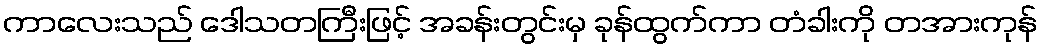
ကာလေးသည် ဒေါသတကြီးဖြင့် အခန်းတွင်းမှ ခုန်ထွက်ကာ တံခါးကို တအားကုန်